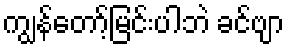
ကျွန်တော့်မြင်းပါဘဲ ခင်ဗျာ